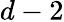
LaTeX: d-2